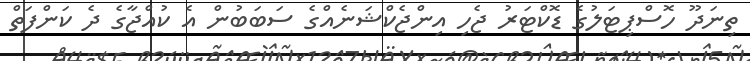
ތިނަދޫ ހޮސްޕިޓަލުގެ ޑޮކްޓަރު ޖެހި އިންޖެކްޝަނެއްގެ ސަބަބުން އެ ކުއްޖާގެ ދެ ކަންފަތް